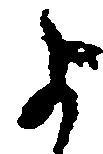
よ